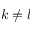
k \neq l